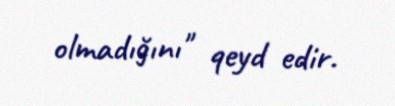
olmadığını" qeyd edir.